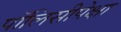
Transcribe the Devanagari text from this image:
पॉलिसीपेक्षा